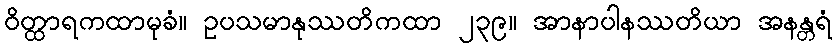
ဝိတ္ထာရကထာမုခံ။ ဥပသမာနုဿတိကထာ ၂၃၉။ အာနာပါနဿတိယာ အနန္တရံ